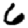
Digit: 6